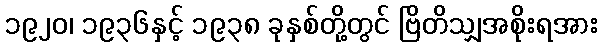
၁၉၂၀၊ ၁၉၃၆နှင့် ၁၉၃၈ ခုနှစ်တို့တွင် ဗြိတိသျှအစိုးရအား